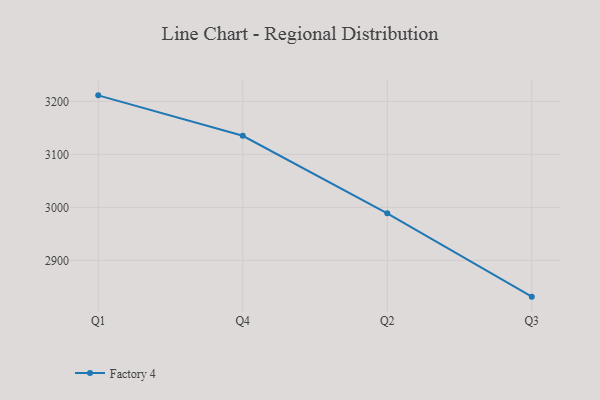
{"axis": {"x": "Quarter", "y": "Market Share (%)"}, "legend": ["Factory 4"], "data": [{"x": "Q1", "y": 3211.3, "type": "Factory 4"}, {"x": "Q4", "y": 3135.0, "type": "Factory 4"}, {"x": "Q2", "y": 2988.8, "type": "Factory 4"}, {"x": "Q3", "y": 2831.5, "type": "Factory 4"}]}